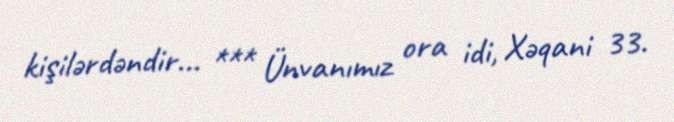
kişilərdəndir... *** Ünvanımız ora idi, Xəqani 33.